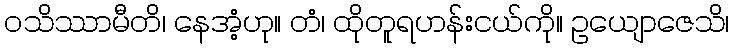
ဝသိဿာမီတိ၊ နေအံ့ဟု။ တံ၊ ထိုတူရဟန်းငယ်ကို။ ဥယျောဇေသိ၊